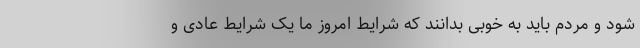
شود و مردم باید به خوبی بدانند که شرایط امروز ما یک شرایط عادی و